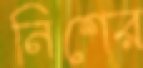
নিশের